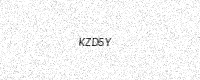
Text: KZD5Y